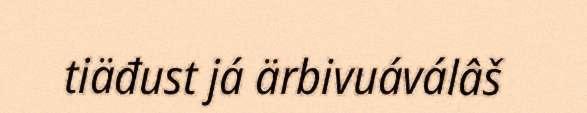
tiäđust já ärbivuáválâš